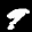
Label: 9